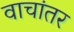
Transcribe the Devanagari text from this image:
वाचांतर